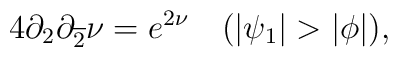
4\partial_{2} \partial_{\overline{2}}\nu = e^{2\nu}~~~(|\psi_{1}|>|\phi|),